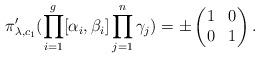
LaTeX: \begin{align*} \pi_{\lambda, c_1}'(\prod_{i=1}^g[\alpha_i,\beta_i]\prod_{j=1}^n\gamma_j)=\pm \begin{pmatrix}1&0\\0&1\end{pmatrix}.\end{align*}